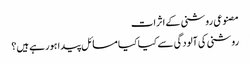
مصنوعی روشنی کے اثرات
روشنی کی آلودگی سے کیا کیا مسائل پیدا ہورہے ہیں؟